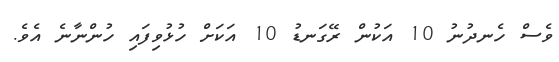
ވެސް ހެނދުނު 10 އަކުން ރޭގަނޑު 10 އަކަށް ހުޅުވިފައި ހުންނާނެ އެވެ.